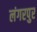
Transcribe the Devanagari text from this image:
लंगरपुर